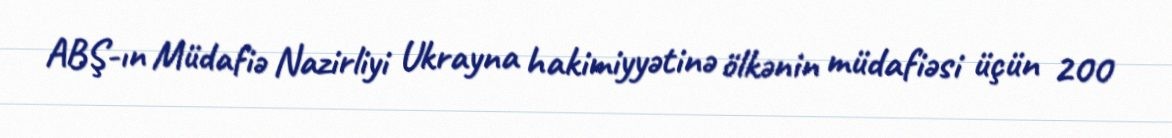
ABŞ-ın Müdafiə Nazirliyi Ukrayna hakimiyyətinə ölkənin müdafiəsi üçün 200